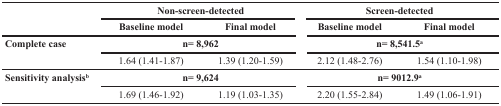
| <ROWSPAN=2>  | <COLSPAN=2> Non-screen-detected | <COLSPAN=2> Screen-detected |
 | Baseline model | Final model | Baseline model | Final model |
 | --- | --- | --- | --- | --- |
 | <ROWSPAN=2> Complete case | <COLSPAN=2> n= 8,962 | <COLSPAN=2> n= 8,541.5a |
 | 1.64 (1.41-1.87) | 1.39 (1.20-1.59) | 2.12 (1.48-2.76) | 1.54 (1.10-1.98) |
 | <ROWSPAN=2> Sensitivity analysisb | <COLSPAN=2> n= 9,624 | <COLSPAN=2> n= 9012.9a |
 | 1.69 (1.46-1.92) | 1.19 (1.03-1.35) | 2.20 (1.55-2.84) | 1.49 (1.06-1.91) |